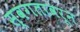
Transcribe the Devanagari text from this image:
स्वगतावरून